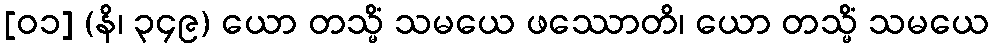
[၀၁] (နိ၊ ၃၄၉) ယော တသ္မိံ သမယေ ဖဿောတိ၊ ယော တသ္မိံ သမယေ